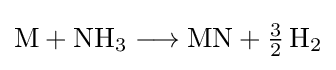
{\mathrm {M} {}+{}\mathrm {NH} {\vphantom {A}}_{\smash[{t}]{3}}{}\mathrel {\longrightarrow } {}\mathrm {MN} {}+{}{\mathchoice {\textstyle {\frac {3}{2}}}{\frac {3}{2}}{\frac {3}{2}}{\frac {3}{2}}}\,\mathrm {H} {\vphantom {A}}_{\smash[{t}]{2}}}